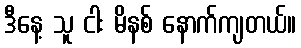
ဒီနေ့ သူ ငါး မိနစ် နောက်ကျတယ်။